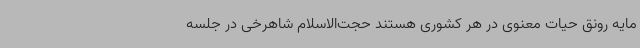
مایه رونق حیات معنوی در هر کشوری هستند حجت‌الاسلام شاهرخی در جلسه